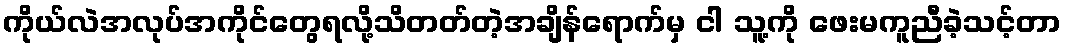
ကိုယ်လဲအလုပ်အကိုင်တွေရလို့သိတတ်တဲ့အချိန်ရောက်မှ ငါ သူ့ကို ဖေးမကူညီခဲ့သင့်တာ